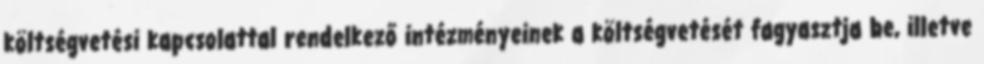
költségvetési kapcsolattal rendelkező intézményeinek a költségvetését fagyasztja be, illetve